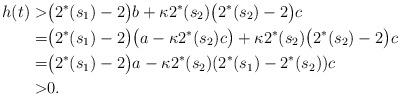
LaTeX: \begin{align*}h(t)>&\big(2^*(s_1)-2\big)b+\kappa 2^*(s_2)\big(2^*(s_2)-2\big)c\\=&\big(2^*(s_1)-2\big)\big(a-\kappa 2^*(s_2)c\big)+\kappa 2^*(s_2)\big(2^*(s_2)-2\big)c\\=&\big(2^*(s_1)-2\big)a-\kappa 2^*(s_2)(2^*(s_1)-2^*(s_2))c\\>&0.\end{align*}